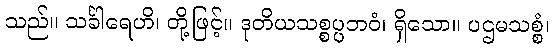
သည်။ သင်္ခါရေဟိ၊ တို့ဖြင့်။ ဒုတိယသစ္စပ္ပဘဝံ၊ ရှိသော။ ပဌမသစ္စံ၊